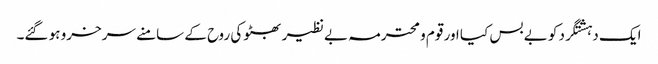
ایک دہشتگرد کو بے بس کیا اور قوم و محترمہ بے نظیر بھٹو کی روح کے سامنے سرخرو ہو گئے۔